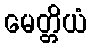
မေတ္တိယံ